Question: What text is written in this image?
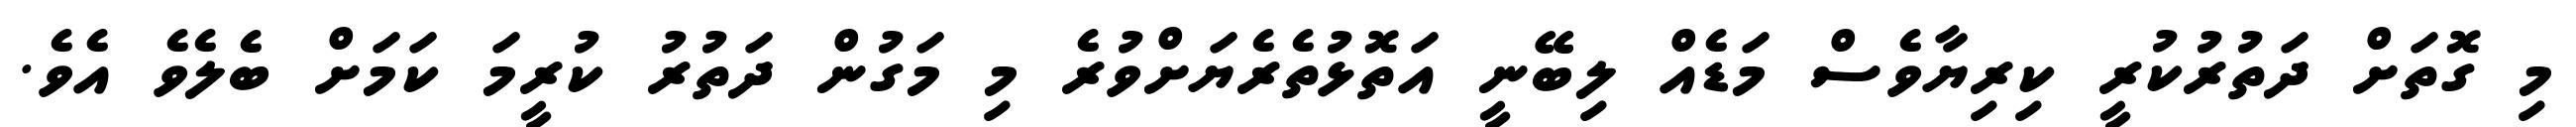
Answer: މި ގޮތަށް ދަތުރުކުރީ ކިރިޔާވެސް މަޑެއް ލިބޭނީ އަތޮޅުތެރެޔަށްވުރެ މި މަގުން ދަތުރު ކުރީމަ ކަމަށް ބެލެވެ އެވެ.